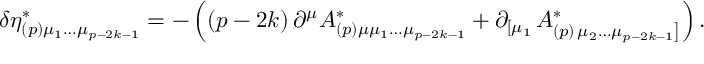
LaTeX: \delta \eta _ { ( p ) \mu _ { 1 } \ldots \mu _ { p - 2 k - 1 } } ^ { * } = - \left( \left( p - 2 k \right) \partial ^ { \mu } A _ { ( p ) \mu \mu _ { 1 } \ldots \mu _ { p - 2 k - 1 } } ^ { * } + \partial _ { \left[ \mu _ { 1 } \right. } A _ { ( p ) \left. \mu _ { 2 } \ldots \mu _ { p - 2 k - 1 } \right] } ^ { * } \right) .